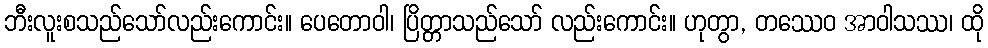
ဘီးလူးစသည်သော်လည်းကောင်း။ ပေတောဝါ၊ ပြိတ္တာသည်သော် လည်းကောင်း။ ဟုတွာ, တဿေဝ အာဝါသဿ၊ ထို